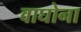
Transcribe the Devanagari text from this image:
वाघोना